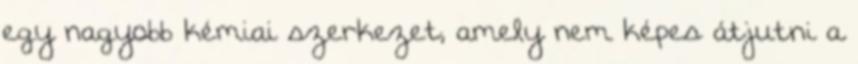
egy nagyobb kémiai szerkezet, amely nem képes átjutni a